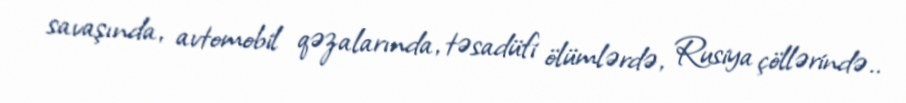
savaşında, avtomobil qəzalarında, təsadüfi ölümlərdə, Rusiya çöllərində..